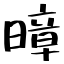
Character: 暲